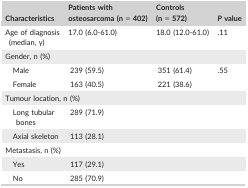
<table><thead><tr><td><b>Characteristics</b></td><td><b>Patients with osteosarcoma (n = 402)</b></td><td><b>Controls (n = 572)</b></td><td><b><i>P</i> value</b></td></tr></thead><tbody><tr><td>Age of diagnosis (median, y)</td><td>17.0 (6.0‐61.0)</td><td>18.0 (12.0‐61.0)</td><td>.11</td></tr><tr><td colspan="4">Gender, n (%)</td></tr><tr><td>Male</td><td>239 (59.5)</td><td>351 (61.4)</td><td>.55</td></tr><tr><td>Female</td><td>163 (40.5)</td><td>221 (38.6)</td><td></td></tr><tr><td colspan="4">Tumour location, n (%)</td></tr><tr><td>Long tubular bones</td><td>289 (71.9)</td><td></td><td></td></tr><tr><td>Axial skeleton</td><td>113 (28.1)</td><td></td><td></td></tr><tr><td colspan="4">Metastasis, n (%)</td></tr><tr><td>Yes</td><td>117 (29.1)</td><td></td><td></td></tr><tr><td>No</td><td>285 (70.9)</td><td></td><td></td></tr></tbody></table>